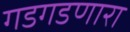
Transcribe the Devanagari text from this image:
गडगडणारा